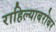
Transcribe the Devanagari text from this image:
राहिल्याबरोबर